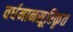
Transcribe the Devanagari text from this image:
वर्धमानसूरिकृत